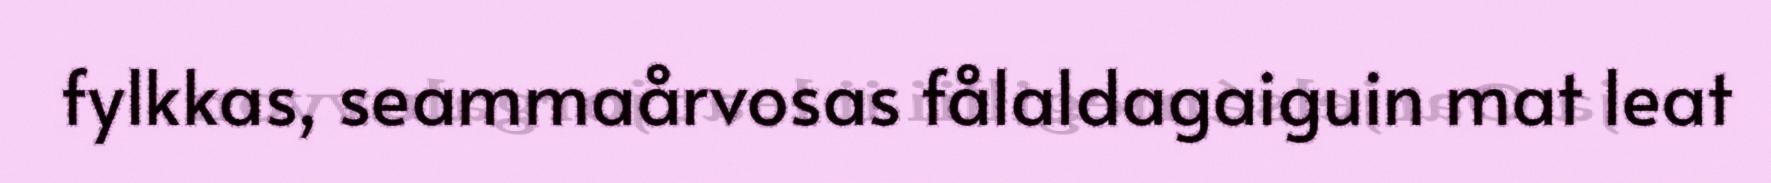
fylkkas, seammaårvosas fålaldagaiguin mat leat